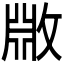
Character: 𫿆